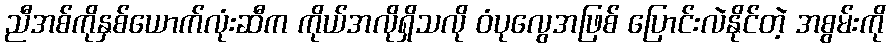
ညီအစ်ကိုနှစ်ယောက်လုံးဆီက ကိုယ်အလိုရှိသလို ဝံပုလွေအဖြစ် ပြောင်းလဲနိုင်တဲ့ အစွမ်းကို